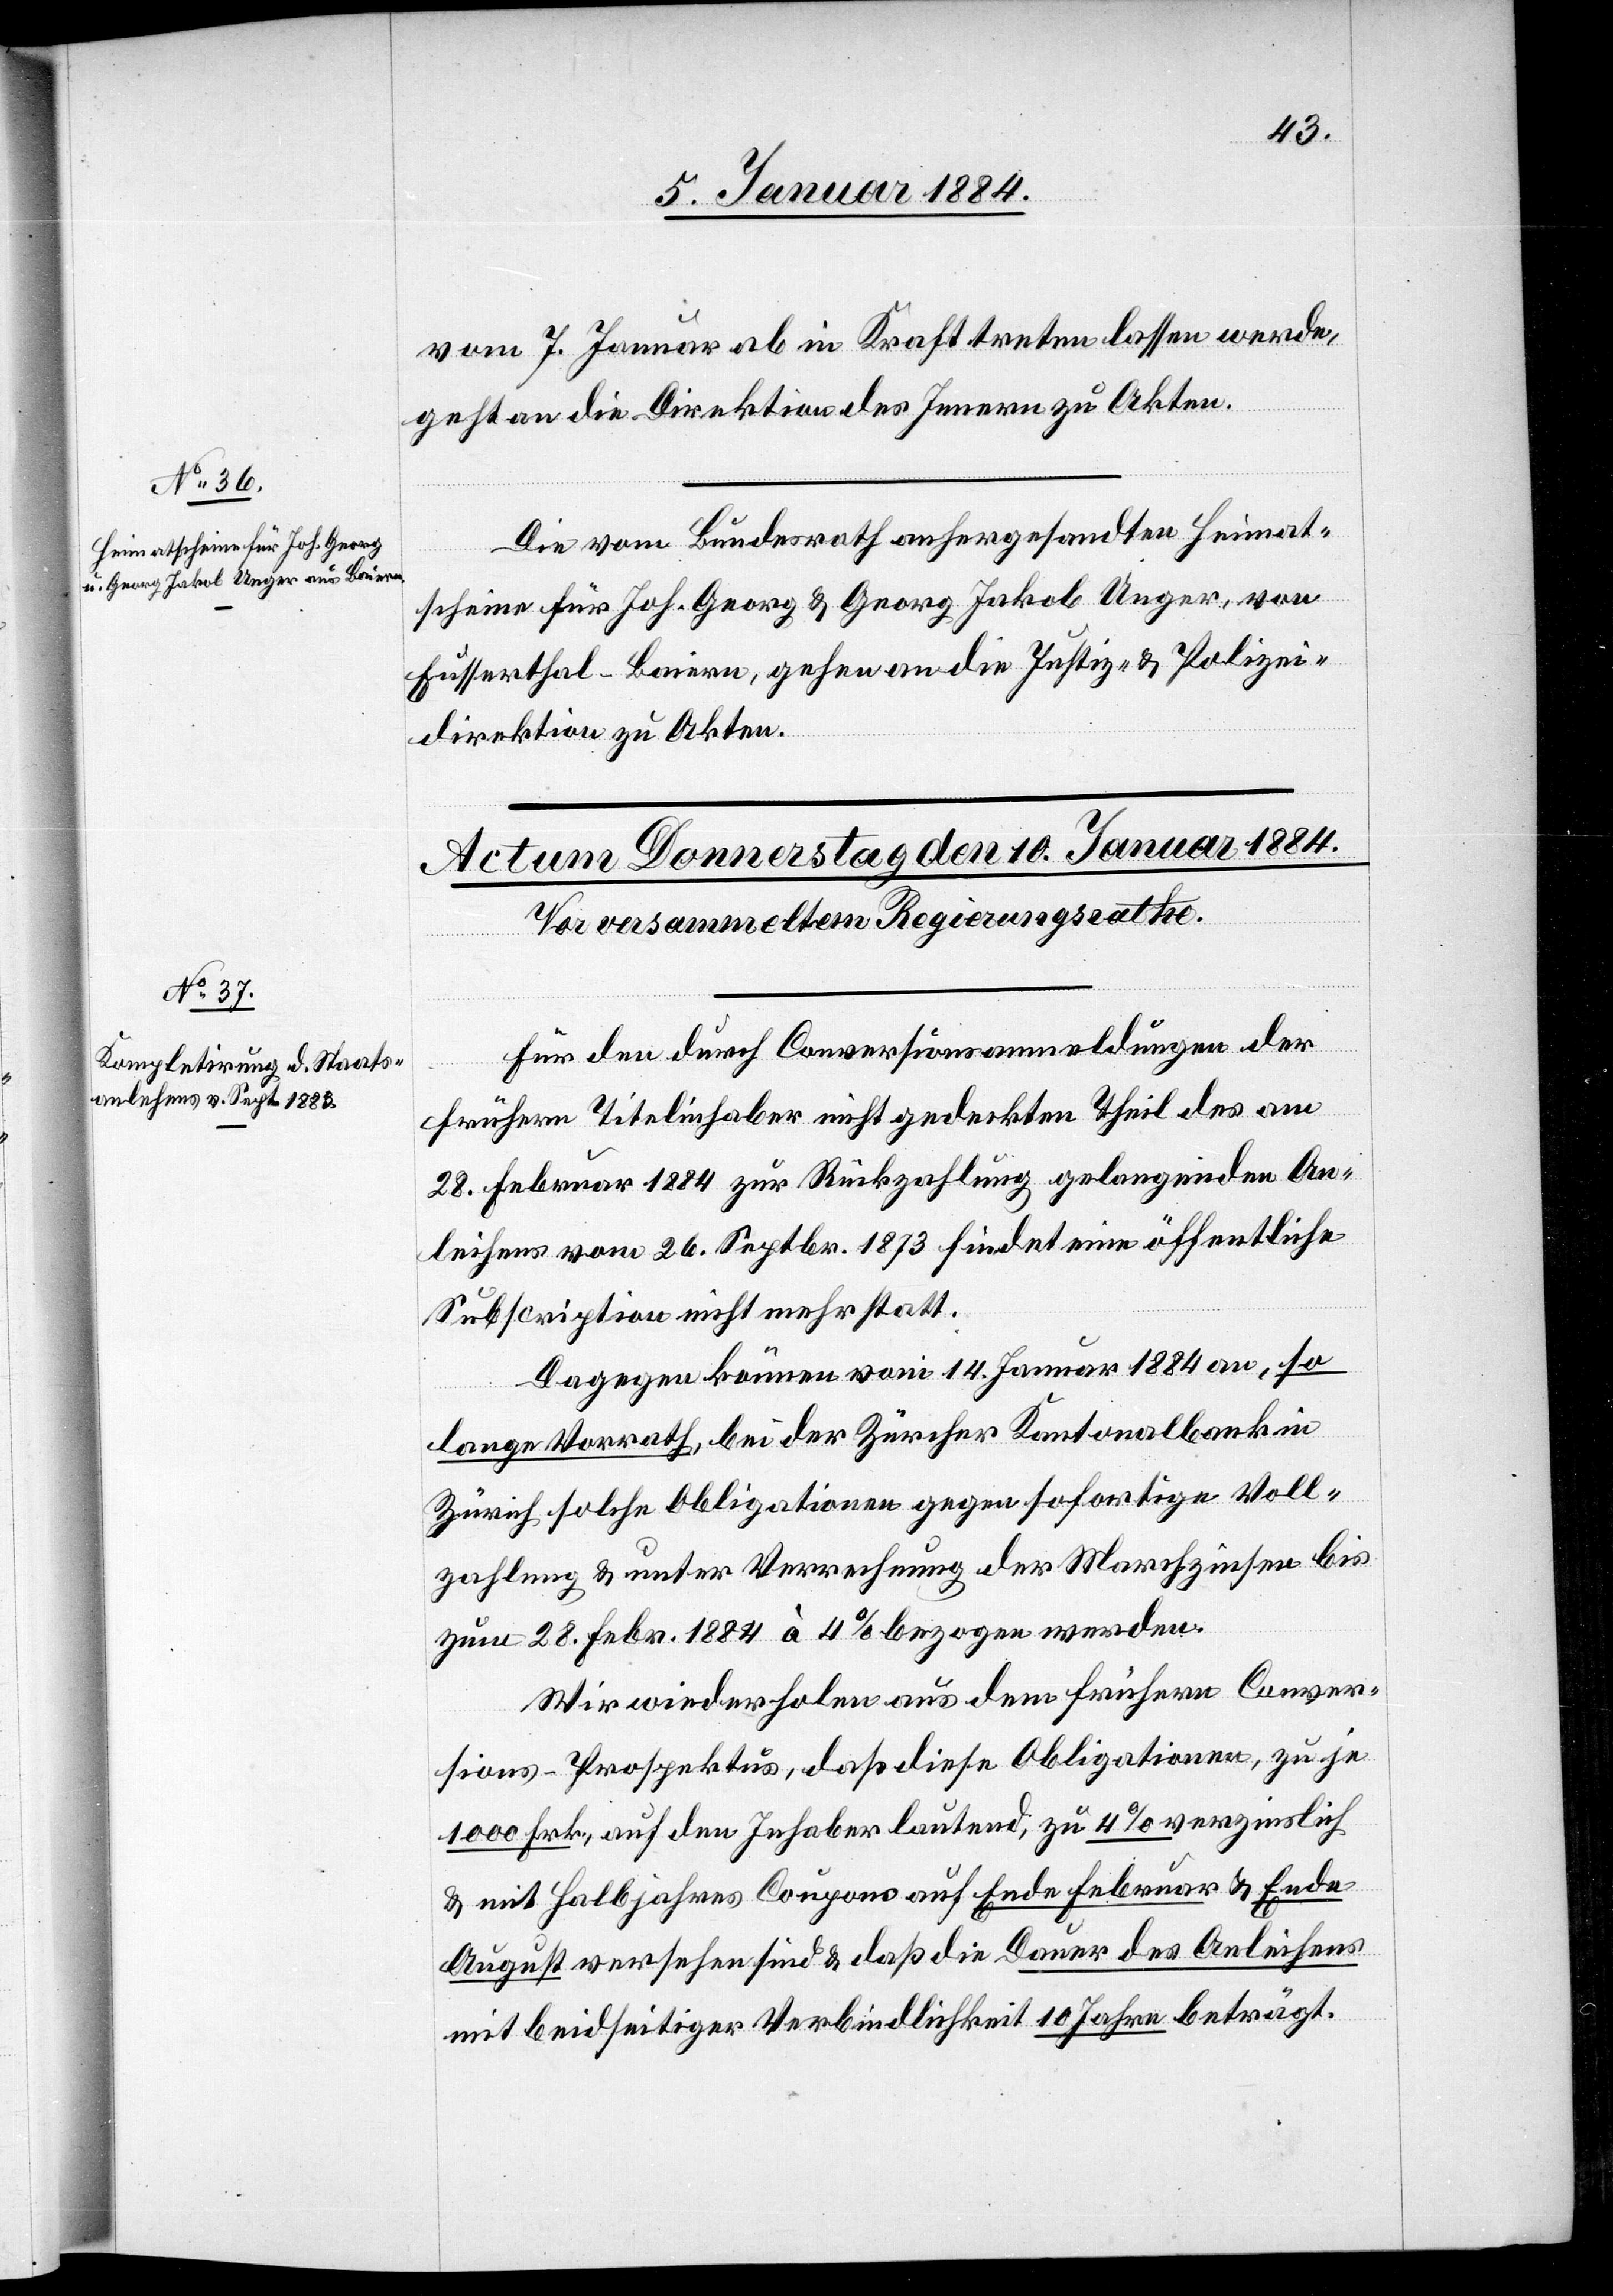
7. Januar 1884.]
vom 7. Januar ab in Kraft treten lassen werde,
geht an die Direktion des Innern zu Akten.
Die vom Bundesrath anhergesandten Heimat¬
scheine für Joh. Georg & Georg Jakob Unger, von
Eusserthal - Baiern, gehen an die Justiz- & Polizei¬
direktion zu Akten.
Für den durch Conversionsanmeldungen der
frühern Titelinhaber nicht gedeckten Theil des am
28. Februar 1884 zur Rückzahlung gelangenden An¬
leihens vom 26. Septbr. 1873 findet eine öffentliche
Subscription nicht mehr statt.
Dagegen können vom 14. Januar 1884 an, so
lange Vorrath, bei der Zürcher Kantonalbank in
Zürich solche Obligationen gegen sofortige Voll¬
zahlung & unter Verrechnung der Marchzinsen bis
zum 28. Febr. 1884 à 4% bezogen werden.
Wir wiederholen aus dem frühern Conver¬
sions-Prospektus, daß diese Obligationen, zu je
1000 Frk., auf den Inhaber lautend, zu 4% verzinslich
& mit Halbjahres Coupons auf Ende Februar & Ende
August versehen sind & daß die Dauer des Anleihens
mit beidseitiger Verbindlichkeit 10 Jahre beträgt.